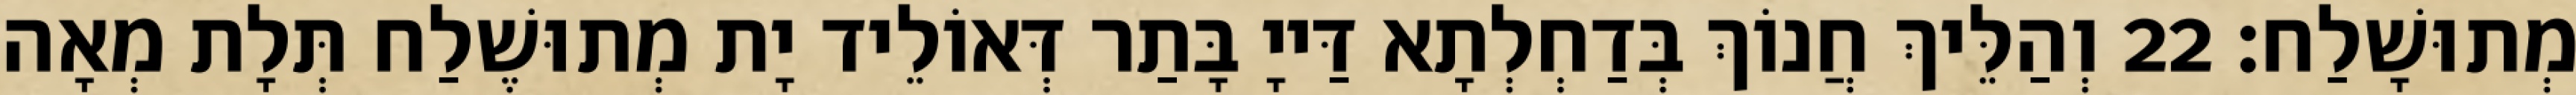
מְתוּשָׁלַח׃ 22 וְהַלֵּיךְ חֲנוֹךְ בְּדַחְלְתָא דַּייָ בָּתַר דְּאוֹלֵיד יָת מְתוּשֶׁלַח תְּלָת מְאָה